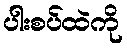
ပါးစပ်ထဲကို